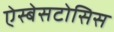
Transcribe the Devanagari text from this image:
ऐस्बेसटोसिस